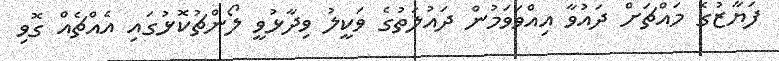
ފަޔާޒުގެ މައްޗަށް ދައުވާ އިއްވަވަމުން ދައުލަތުގެ ވަކީލު ވިދާޅުވީ ލޯންޗުކޮޅުގައި އެއްޗެއް ގޮވި